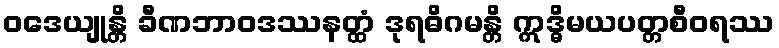
ဝဒေယျုန္တိ ခီဏဘာဝဒဿနတ္ထံ ဒုရဓိဂမန္တိ ဣဒ္ဓိမယပတ္တစီဝရဿ